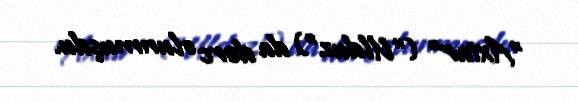
"Axtar" ("Ulduz") da dərc olunmuşdu.